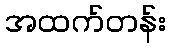
အထက်တန်း